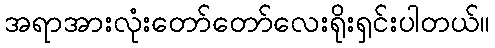
အရာအားလုံးတော်တော်လေးရိုးရှင်းပါတယ်။